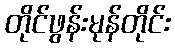
တိုင်ဖွန်းမုန်တိုင်း